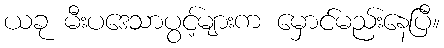
ယခု မီးပဒေသာပွင့်များက မှောင်မည်းနေပြီ။